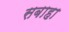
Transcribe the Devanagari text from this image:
सबाहा